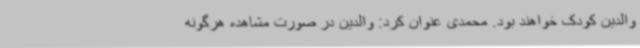
والدین کودک خواهند بود. محمدی عنوان کرد: والدین در صورت مشاهده هرگونه